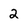
Character: 2